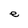
Character: e